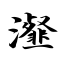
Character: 瀣